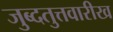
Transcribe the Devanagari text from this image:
जुब्दतुत्तवारीख